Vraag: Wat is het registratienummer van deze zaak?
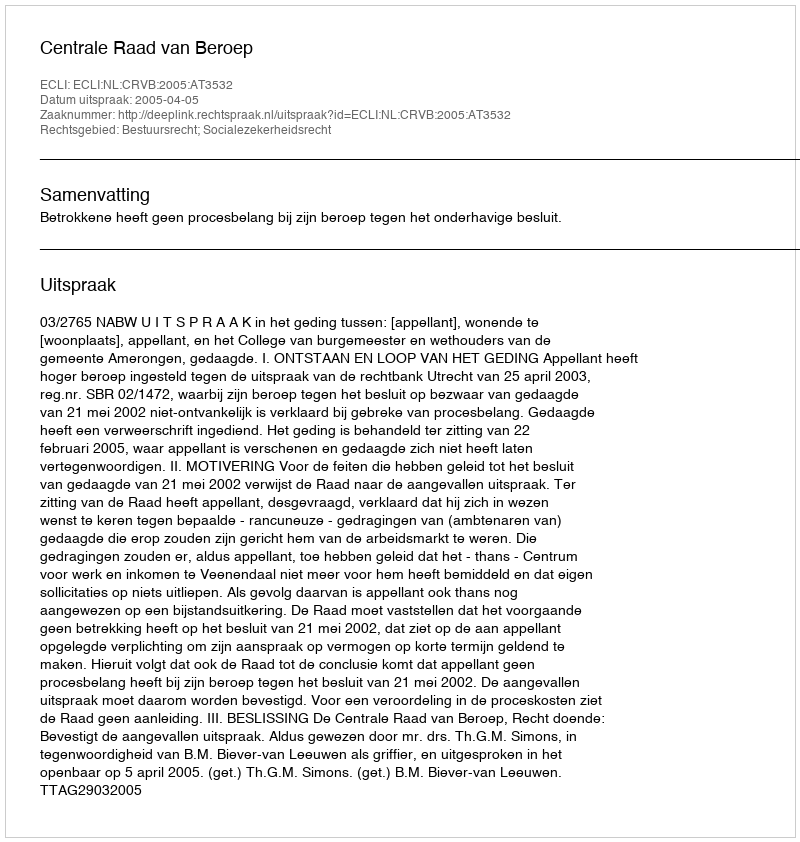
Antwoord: http://deeplink.rechtspraak.nl/uitspraak?id=ECLI:NL:CRVB:2005:AT3532